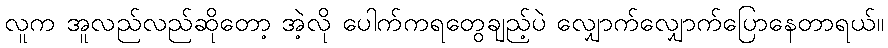
လူက အူလည်လည်ဆိုတော့ အဲ့လို ပေါက်ကရတွေချည့်ပဲ လျှောက်လျှောက်ပြောနေတာရယ်။